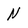
Character: N